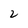
Character: 2